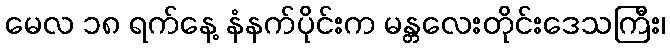
မေလ ၁၈ ရက်နေ့ နံနက်ပိုင်းက မန္တလေးတိုင်းဒေသကြီး၊